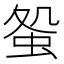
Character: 𧊃